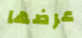
عرضها